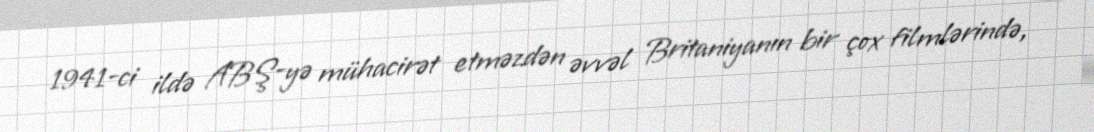
1941-ci ildə ABŞ-yə mühacirət etməzdən əvvəl Britaniyanın bir çox filmlərində,